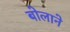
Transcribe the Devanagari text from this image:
बोलाने